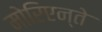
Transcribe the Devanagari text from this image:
मोरिएन्ते